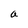
Character: a